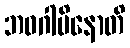
ဘဝဂါမိနောတိ